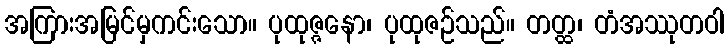
အကြားအမြင်မှကင်းသော။ ပုထုဇ္ဇနော၊ ပုထုဇဉ်သည်။ တတ္ထ၊ တံအဿုတဝါ